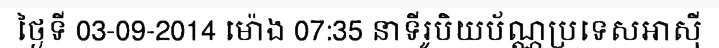
ថ្ងៃទី 03-09-2014 ម៉ោង 07:35 នាទីរូបិយប័ណ្ណប្រទេសអាស៊ី